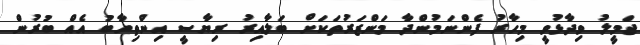
ޖަމީލު ވިދާޅުވީ މިހާރު ފެންނަމުންދާ މަންޒަރުތަކަށް ބަލާއިރު ރިޔާސީ އިންތިހާބު އެއް ބުރުން